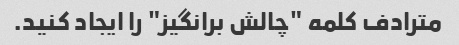
مترادف کلمه "چالش برانگیز" را ایجاد کنید.